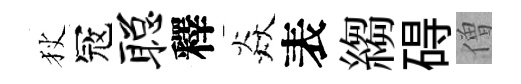
狄冦聪釋焱表縐碍僧